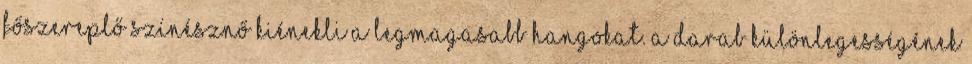
főszereplő színésznő kiénekli a legmagasabb hangokat. A darab különlegességének